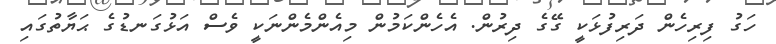
ހަގު ފިރިހެން ދަރިފުޅަކީ ގޭގެ ދިރުން. އެހެންކަމުން މިއެންމެންނަކީ ވެސް އަޅުގަނޑުގެ ޙަޔާތުގައި